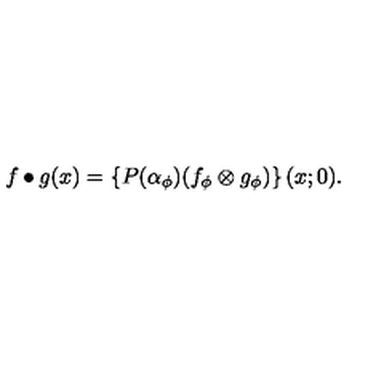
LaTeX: f \bullet g ( x ) = \left\{ P ( \alpha _ { \phi } ) ( f _ { \phi } \otimes g _ { \phi } ) \right\} ( x ; 0 ) .